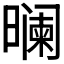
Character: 𬁘